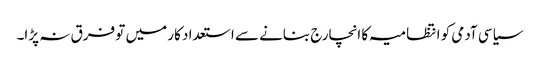
سیاسی آدمی کو انتظامیہ کا انچارج بنانے سے استعداد کار میں تو فرق نہ پڑا۔